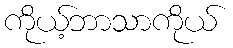
ကိုယ့်ဘာသာကိုယ်